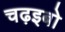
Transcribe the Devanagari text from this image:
चढ़इबो